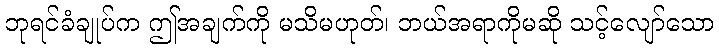
ဘုရင်ခံချုပ်က ဤအချက်ကို မသိမဟုတ်၊ ဘယ်အရာကိုမဆို သင့်လျော်သော